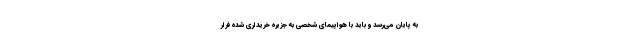
به پایان می‌رسد و باید با هواپیمای شخصی به جزیره خریداری شده فرار